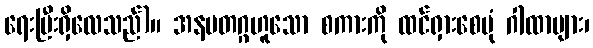
ရေးပြီးရှိလေသည်)။ အနမတဂ္ဂဟူသော စကားကို ထင်ရှားစေပုံ ဂါထာများ၊